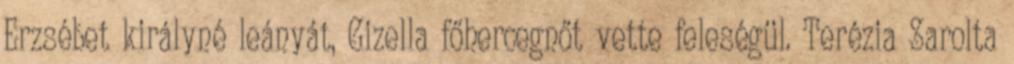
Erzsébet királyné leányát, Gizella főhercegnőt vette feleségül. Terézia Sarolta